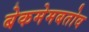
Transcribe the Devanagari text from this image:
बेकमेमबतोव